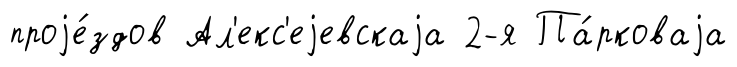
проjе́здов Ал'екс'еjевскаjа 2-я Па́рковаjа